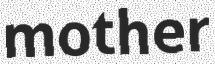
mother